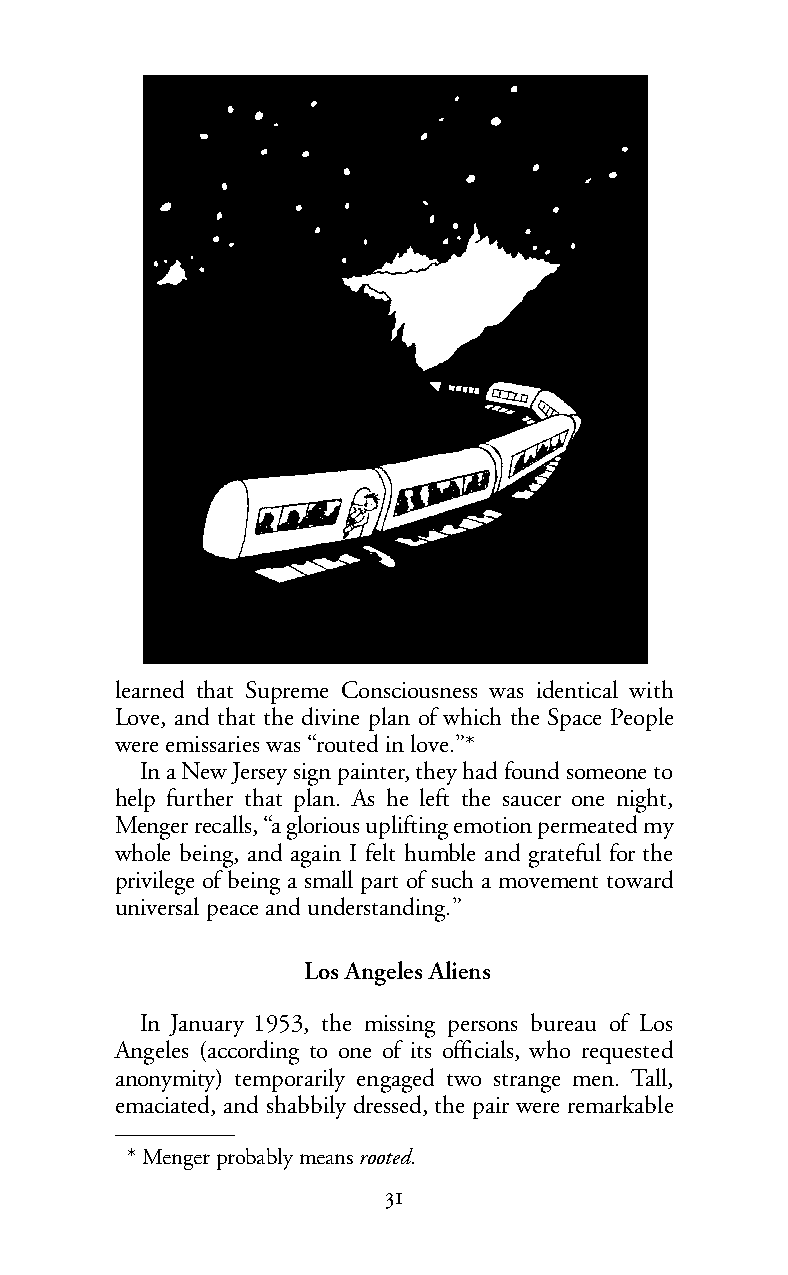
learned that Supreme Consciousness was identical with
 Love, and that the divine plan of which the Space People
 were emissaries was “routed in love.”*
 In a New Jersey sign painter, they had found someone to
 help further that plan. As he left the saucer one night,
 Menger recalls, “a glorious uplifting emotion permeated my
 whole being, and again I felt humble and grateful for the
 privilege of being a small part of such a movement toward
 universal peace and understanding.”
 Los Angeles Aliens
 In January 1953, the missing persons bureau of Los
 Angeles (according to one of its officials, who requested
 anonymity) temporarily engaged two strange men. Tall,
 emaciated, and shabbily dressed, the pair were remarkable
 *Menger probably meansrooted.
 